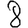
Digit: 8